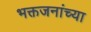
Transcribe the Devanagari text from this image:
भक्तजनांच्या